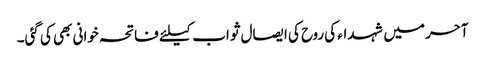
آحر میں شہداء کی روح کی ایصال ثواب کیلئے فاتحہ خوانی بھی کی گئی۔